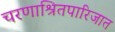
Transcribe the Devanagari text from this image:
चरणाश्रितपारिजात